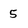
Character: 5